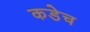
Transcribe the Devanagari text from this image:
कडेच